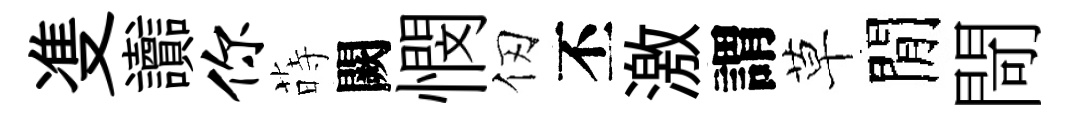
㕠讟你蒔闕憫仞丕激謂草閒閜